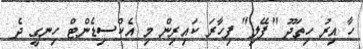
ހާ އިރު ހިތަދޫ "ފޭލި" ފިހާރަ ކައިރިން މި އެކްސިޑެންޓް ހިނގީ ދެ